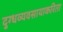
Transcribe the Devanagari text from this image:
दुग्धव्यवसायाकरिता